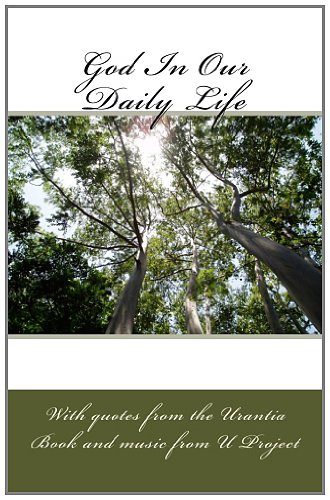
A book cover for God in our daily life: With quotes from the urantia Book; Jeanette Francis Villadiego; Religion & Spirituality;